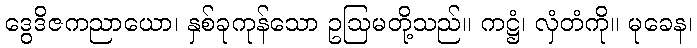
ဒွေဒိဇကညာယော၊ နှစ်ခုကုန်သော ဥဩမတို့သည်။ ကဋ္ဌံ၊ လှံတံကို။ မုခေန၊